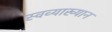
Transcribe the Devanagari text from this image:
स्वव्याख्यान